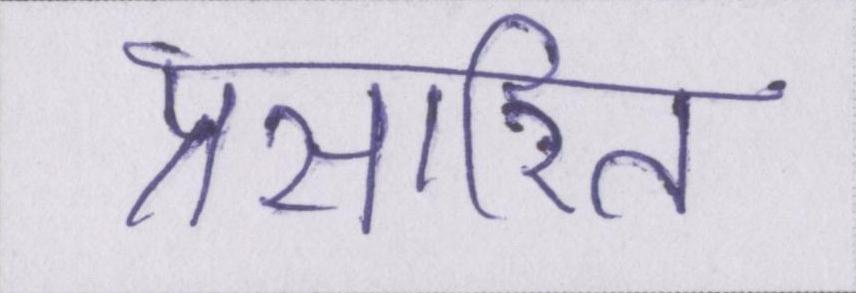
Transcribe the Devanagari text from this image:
प्रसारित